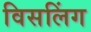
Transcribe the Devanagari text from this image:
विसलिंग